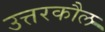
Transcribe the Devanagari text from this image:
उत्तरकौल